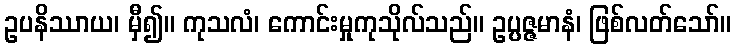
ဥပနိဿာယ၊ မှီ၍။ ကုသလံ၊ ကောင်းမှုကုသိုလ်သည်။ ဥပ္ပဇ္ဇမာနံ၊ ဖြစ်လတ်သော်။